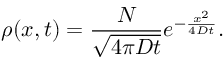
\rho ( x , t ) = { \frac { N } { \sqrt { 4 \pi D t } } } e ^ { - { \frac { x ^ { 2 } } { 4 D t } } } .